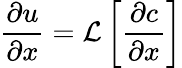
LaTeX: \frac{\partial u}{\partial x}=\mathcal{L}\left[\frac{\partial c}{\partial x}\right]